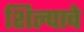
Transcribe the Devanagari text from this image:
शिल्पाचे